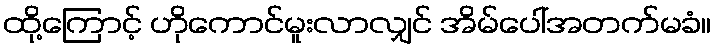
ထို့ကြောင့် ဟိုကောင်မူးလာလျှင် အိမ်ပေါ်အတက်မခံ။